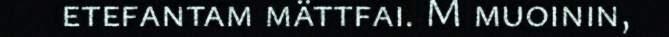
etefantam mättfai. M muoinin,